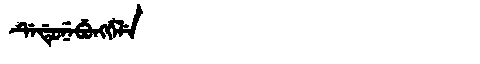
Manchu: ᡩᡝᡩᡠᠨᡝᠪᡠᠩᡤᡝᠯᡝ
Romanization: DEDUNEBUNGGELE